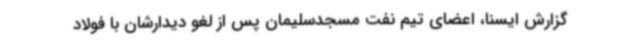
گزارش ایسنا، اعضای تیم نفت مسجدسلیمان پس از لغو دیدارشان با فولاد